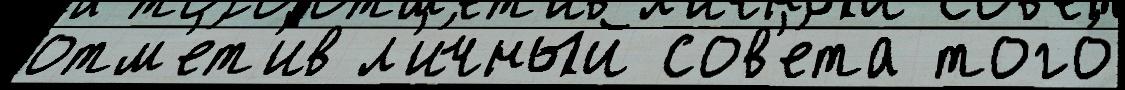
отм'е́т'ив л'и́чный сов'е́та того́